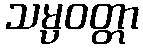
သမ္ပဝတ္တာ